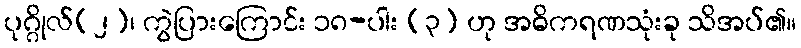
ပုဂ္ဂိုလ်(၂)၊ ကွဲပြားကြောင်း ၁၈-ပါး (၃) ဟု အဓိကရဏသုံးခု သိအပ်၏။